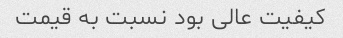
کیفیت عالی بود نسبت به قیمت